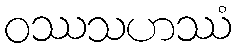
ဝဿသဟဿံ